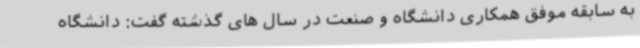
به سابقه موفق همکاری دانشگاه و صنعت در سال های گذشته گفت: دانشگاه